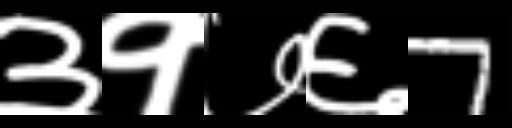
Text: ३१७६7